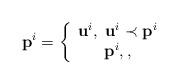
LaTeX: \begin{align*}{{\textbf{p}}^{i}} = \left\{ {\begin{array}{*{20}{c}}{{{\textbf{u}}^{i}},\;{{\textbf{u}}^{i}} \prec {{\textbf{p}}^{i}}}\\{{{\textbf{p}}^{i}},,}\end{array}} \right.\end{align*}